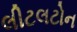
લીટલટોન